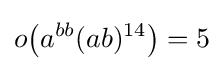
o{\bigl (}a^{bb}(ab)^{14}{\bigr )}=5